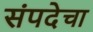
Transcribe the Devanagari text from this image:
संपदेचा